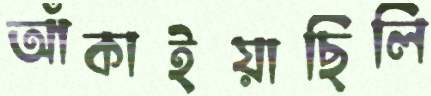
আঁকাইয়াছিলি